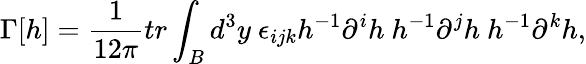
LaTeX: \Gamma[h]=\frac{1}{12\pi}tr\int_{B}d^{3}y~\epsilon_{ijk}h^{-1}\partial^{i}h~h^{-1}\partial^{j}h~h^{-1}\partial^{k}h,